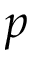
p